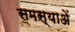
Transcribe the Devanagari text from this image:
समस्याअें